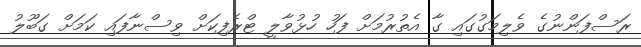
ރަސްފަންނުގެ ވެލިމަގުގައި ގާ އެތުރުމަށް ފަހު ހުޅުވާލީ ޓްރެފިކަށް ވިސްނާފައި ކަމަށް ގަބޫލު